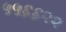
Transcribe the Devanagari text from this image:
५५६६२२